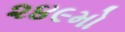
૨૪૯મો